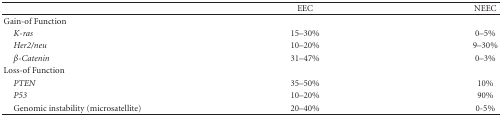
|  | EEC | NEEC |
 | --- | --- | --- |
 | Gain-of Function |  |  |
 | K-ras | 15–30% | 0–5% |
 | Her2/neu | 10–20% | 9–30% |
 | β-Catenin | 31–47% | 0–3% |
 | Loss-of Function |  |  |
 | PTEN | 35–50% | 10% |
 | P53 | 10–20% | 90% |
 | Genomic instability (microsatellite) | 20–40% | 0-5% |